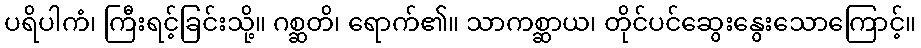
ပရိပါကံ၊ ကြီးရင့်ခြင်းသို့။ ဂစ္ဆတိ၊ ရောက်၏။ သာကစ္ဆာယ၊ တိုင်ပင်ဆွေးနွေးသောကြောင့်။